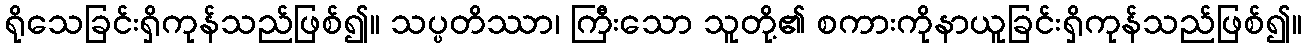
ရိုသေခြင်းရှိကုန်သည်ဖြစ်၍။ သပ္ပတိဿာ၊ ကြီးသော သူတို့၏ စကားကိုနာယူခြင်းရှိကုန်သည်ဖြစ်၍။